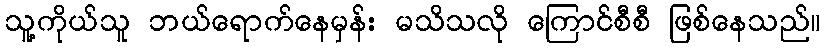
သူ့ကိုယ်သူ ဘယ်ရောက်နေမှန်း မသိသလို ကြောင်စီစီ ဖြစ်နေသည်။